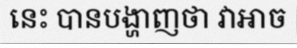
នេះ បានបង្ហាញថា វាអាច